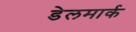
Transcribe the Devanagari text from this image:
डेलमार्क